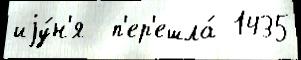
иjу́н'я  п'ер'ешла́ 1435